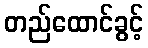
တည်ထောင်ခွင့်